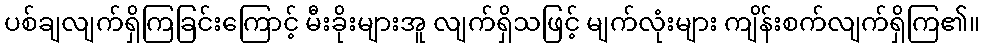
ပစ်ချလျက်ရှိကြခြင်းကြောင့် မီးခိုးများအူ လျက်ရှိသဖြင့် မျက်လုံးများ ကျိန်းစက်လျက်ရှိကြ၏။